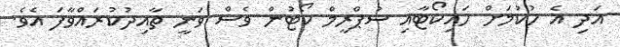
އަދި އެ ހުކުމަށް ހައިކޯޓާއި ސުޕްރީމް ކޯޓުން ވެސް ވަނީ ތާއިދުކުރައްވާފަ އެވެ.